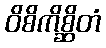
ဝိစိကိစ္ဆိတံ